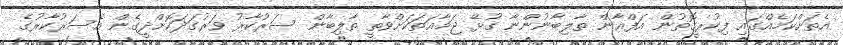
އެތަށްކަމެއްގައި ފިކުރީގޮތުން އަފްޣާން ތާލިބާނުންނާ ގުޅޭ ޖަމާއަތަކަށްވާތީ ތާލިބާން ސަރުކާރު ވަރުގަދަކޮށްދީގެން އެސަރުކާރުގެ